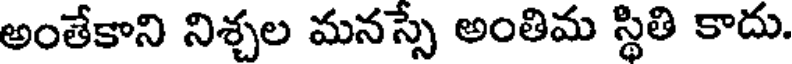
అంతేకాని నిశ్చల మనస్సే అంతిమ స్థితి కాదు.